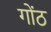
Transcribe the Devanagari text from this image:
गोंठ